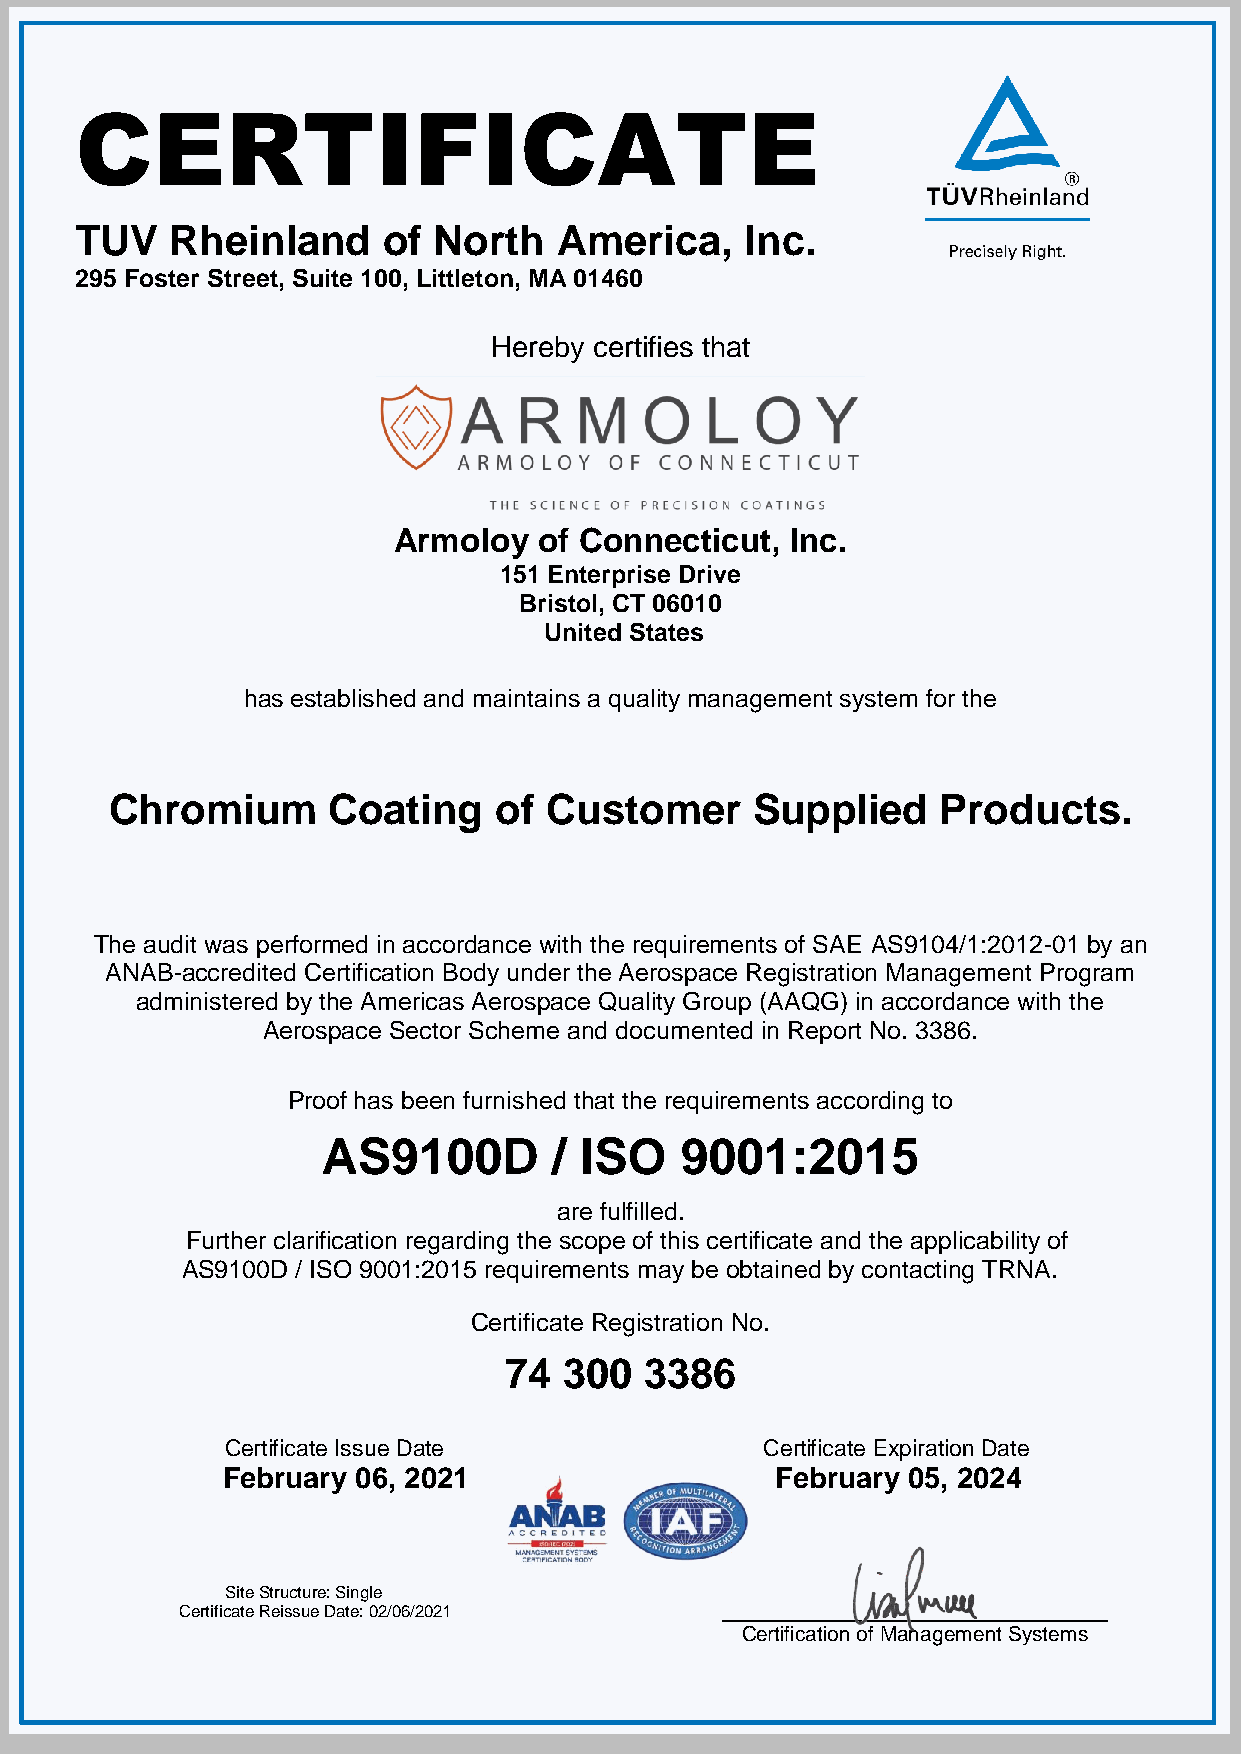
CERTIFICATE
 TUV   Rheinland     of  North   America,    Inc.
 295 Foster Street, Suite 100, Littleton, MA 01460
 Hereby certifies that
 Armoloy   of Connecticut, Inc.
 151 Enterprise Drive
 Bristol, CT 06010
 United States
 has established and maintains a quality management system for the
 Chromium       Coating    of Customer      Supplied    Products.
 The audit was performed in accordance with the requirements of SAE AS9104/1:2012-01 by an
 ANAB-accredited Certification Body under the Aerospace Registration Management Program
 administered by the Americas Aerospace Quality Group (AAQG) in accordance with the
 Aerospace Sector Scheme and documented in Report No. 3386.
 Proof has been furnished that the requirements according to
 AS9100D         / ISO   9001:2015
 are fulfilled.
 Further clarification regarding the scope of this certificate and the applicability of
 AS9100D / ISO 9001:2015 requirements may be obtained by contacting TRNA.
 Certificate Registration No.
 74  300   3386
 Certificate Issue Date              Certificate Expiration Date
 February 06, 2021                   February 05, 2024
 Site Structure: Single
 Certificate Reissue Date: 02/06/2021
 Certification of Management Systems